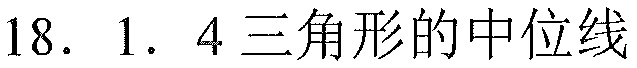
18. 1. 4 三角形的中位线